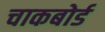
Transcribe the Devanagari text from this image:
चाकबोर्ड